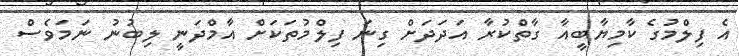
އެ ފިލްމުގެ ކާމިޔާބީއާ ގާތްކުރާ އަދަދަށް ގިނަ ފިލްމުތަކަށް އާމްދަނީ ލިބުނު ނަމަވެސް